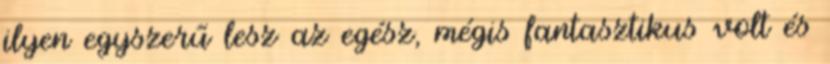
ilyen egyszerű lesz az egész, mégis fantasztikus volt és